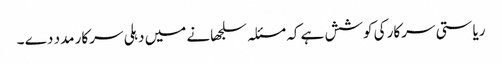
ریاستی سرکار کی کوشش ہے کہ مسئلہ سلجھانے میں دہلی سرکار مدد دے ۔